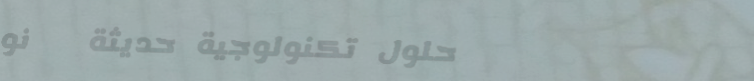
حلول تكنولوجية حديثة   نو